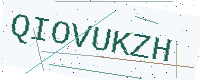
Text: QIOVUKZH